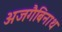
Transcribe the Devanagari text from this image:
अजगैबिनाथ